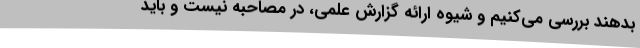
بدهند بررسی می‌کنیم و شیوه ارائه گزارش علمی، در مصاحبه نیست و باید